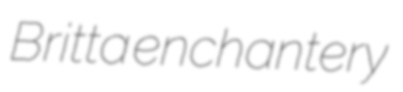
Britta enchantery